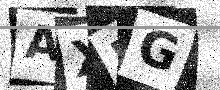
Text: AXFG